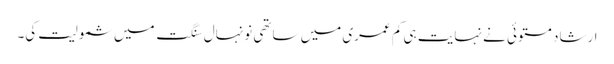
ارشاد مستوئی نے نہایت ہی کم عمری میں ساتھی نونہال سنگت میں شمولیت کی۔